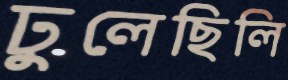
ঢুলেছিলি